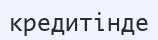
кредитінде